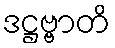
ဒဋ္ဌဗ္ဗာတိ